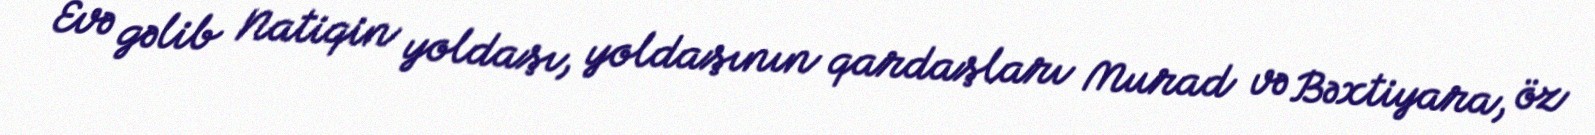
Evə gəlib Natiqin yoldaşı, yoldaşının qardaşları Murad və Bəxtiyara, öz